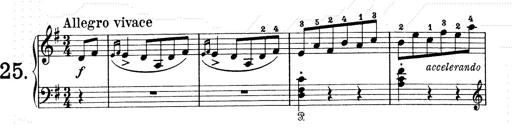
Title: 6 Polish Songs
Composer: Franz Liszt